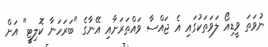
ނުވަތަ ވީޑިއޯ ލަވަތަކުގައި އެ ޖައްސާ ވައްތަރަށާއި އޭނާގެ "ބަރަހަނާ ކޮލިޓީ" އަށް